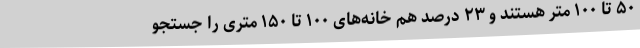
۵۰ تا ۱۰۰ متر هستند و ۲۳ درصد هم خانه‌های ۱۰۰ تا ۱۵۰ متری را جستجو